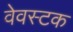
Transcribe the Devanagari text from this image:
वेवस्टक